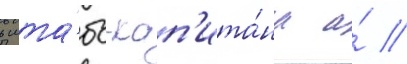
в шта́бс-кап'ита́на а́ //